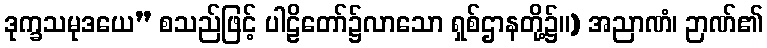
ဒုက္ခသမုဒယေ” စသည်ဖြင့် ပါဠိတော်၌လာသော ရှစ်ဌာနတို့၌။) အညာဏံ၊ ဉာဏ်၏